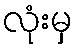
လုံးမှ